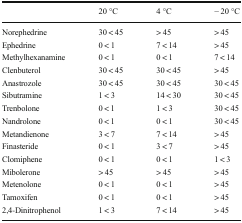
<table><thead><tr><td></td><td><b>20 °C</b></td><td><b>4 °C</b></td><td><b>− 20 °C</b></td></tr></thead><tbody><tr><td>Norephedrine</td><td>30 &lt; 45</td><td>&gt; 45</td><td>&gt; 45</td></tr><tr><td>Ephedrine</td><td>0 &lt; 1</td><td>7 &lt; 14</td><td>&gt; 45</td></tr><tr><td>Methylhexanamine</td><td>0 &lt; 1</td><td>0 &lt; 1</td><td>7 &lt; 14</td></tr><tr><td>Clenbuterol</td><td>30 &lt; 45</td><td>30 &lt; 45</td><td>&gt; 45</td></tr><tr><td>Anastrozole</td><td>30 &lt; 45</td><td>30 &lt; 45</td><td>30 &lt; 45</td></tr><tr><td>Sibutramine</td><td>1 &lt; 3</td><td>14 &lt; 30</td><td>30 &lt; 45</td></tr><tr><td>Trenbolone</td><td>0 &lt; 1</td><td>1 &lt; 3</td><td>30 &lt; 45</td></tr><tr><td>Nandrolone</td><td>0 &lt; 1</td><td>0 &lt; 1</td><td>30 &lt; 45</td></tr><tr><td>Metandienone</td><td>3 &lt; 7</td><td>7 &lt; 14</td><td>&gt; 45</td></tr><tr><td>Finasteride</td><td>0 &lt; 1</td><td>3 &lt; 7</td><td>&gt; 45</td></tr><tr><td>Clomiphene</td><td>0 &lt; 1</td><td>0 &lt; 1</td><td>1 &lt; 3</td></tr><tr><td>Mibolerone</td><td>&gt; 45</td><td>&gt; 45</td><td>&gt; 45</td></tr><tr><td>Metenolone</td><td>0 &lt; 1</td><td>0 &lt; 1</td><td>&gt; 45</td></tr><tr><td>Tamoxifen</td><td>0 &lt; 1</td><td>0 &lt; 1</td><td>&gt; 45</td></tr><tr><td>2,4-Dinitrophenol</td><td>1 &lt; 3</td><td>7 &lt; 14</td><td>&gt; 45</td></tr></tbody></table>